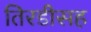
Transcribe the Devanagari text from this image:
तिरडीसह